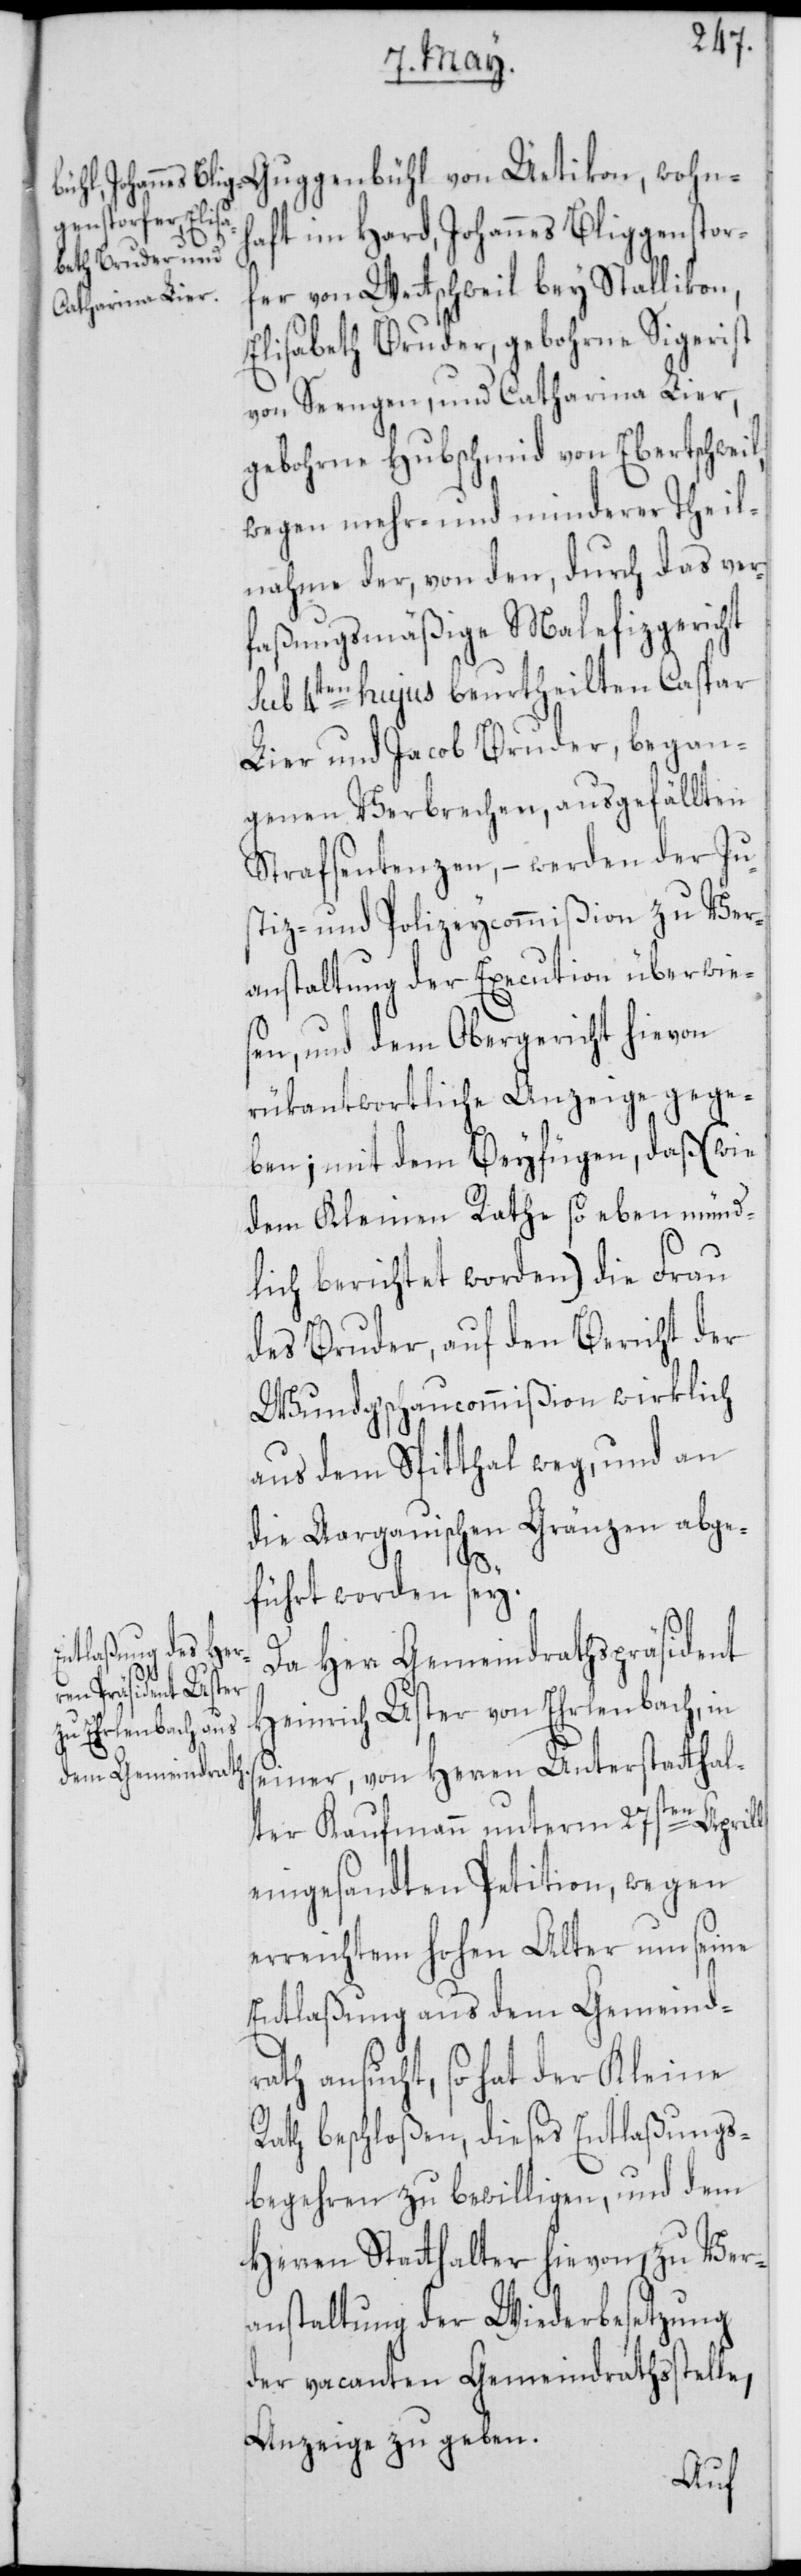
haft im Hard, Johannes Bliggenstorf¬
er von Wettschweil bey Stallikon,
Elisabeth Bruder, gebohrne Sigerist
von Seengen, und Catharina Lier,
gebohrne Hubschmid von Ebertschweil;
wegen mehr- und minderer Theil¬
nahme der, von den, durch das ver¬
faßungsmäßige Malefizgericht
sub 4ten hujus beurtheilten Caspar
Lier und Jacob Bruder, began¬
genen Verbrechen, ausgefällten
Strafsentenzen, – werden der Ju¬
stiz- und Polizeycommißion zu Ver¬
anstaltung der Execution überwie¬
sen, und dem Obergericht hievon
rükantwortliche Anzeige gege¬
ben; mit dem Beyfügen, daß (wie
dem Kleinen Rathe so eben münd¬
lich berichtet worden) die Frau
des Bruder, auf den Bericht der
Wundgschaucommißion wirklich
aus dem Spitthal weg, und an
die Aargauischen Gränzen abge¬
führt worden sey.
Da Herr Gemeindrathspräsident
Unterstattha¬
Heinrich Uster von Ehrlenbach, in
lter Kaufmann unterm 27sten Aprill
eingesandten Petition, wegen
erreichtem hohen Alter um seine
Entlaßung aus dem Gemeind¬
rath ansucht, so hat der Kleine
Rath beschloßen, dieses Entlaßungs¬
begehren zu bewilligen, und dem
Herren Statthalter hievon, zu Ver¬
anstaltung der Wiederbesetzung
der vacanten Gemeindrathsstelle,
Anzeige zu geben.